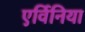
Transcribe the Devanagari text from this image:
एर्विनिया